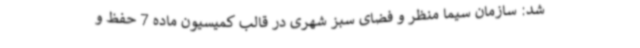
شد: سازمان سیما منظر و فضای سبز شهری در قالب کمیسیون ماده 7 حفظ و